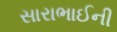
સારાભાઈની